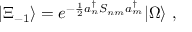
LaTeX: | \Xi _ { - 1 } \rangle = e ^ { - \frac { 1 } { 2 } a _ { n } ^ { \dagger } S _ { n m } a _ { m } ^ { \dagger } } | \Omega \rangle \, \, ,